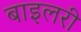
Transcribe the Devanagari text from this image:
बाइलरी